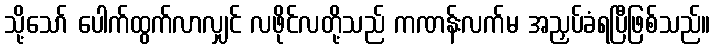
သို့သော် ပေါက်ထွက်လာလျှင် လဖိုင်လတို့သည် ကဏန်းလက်မ အညှပ်ခံရပြီဖြစ်သည်။